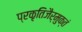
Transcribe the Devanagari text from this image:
प्रकृतिजैर्मुक्तं